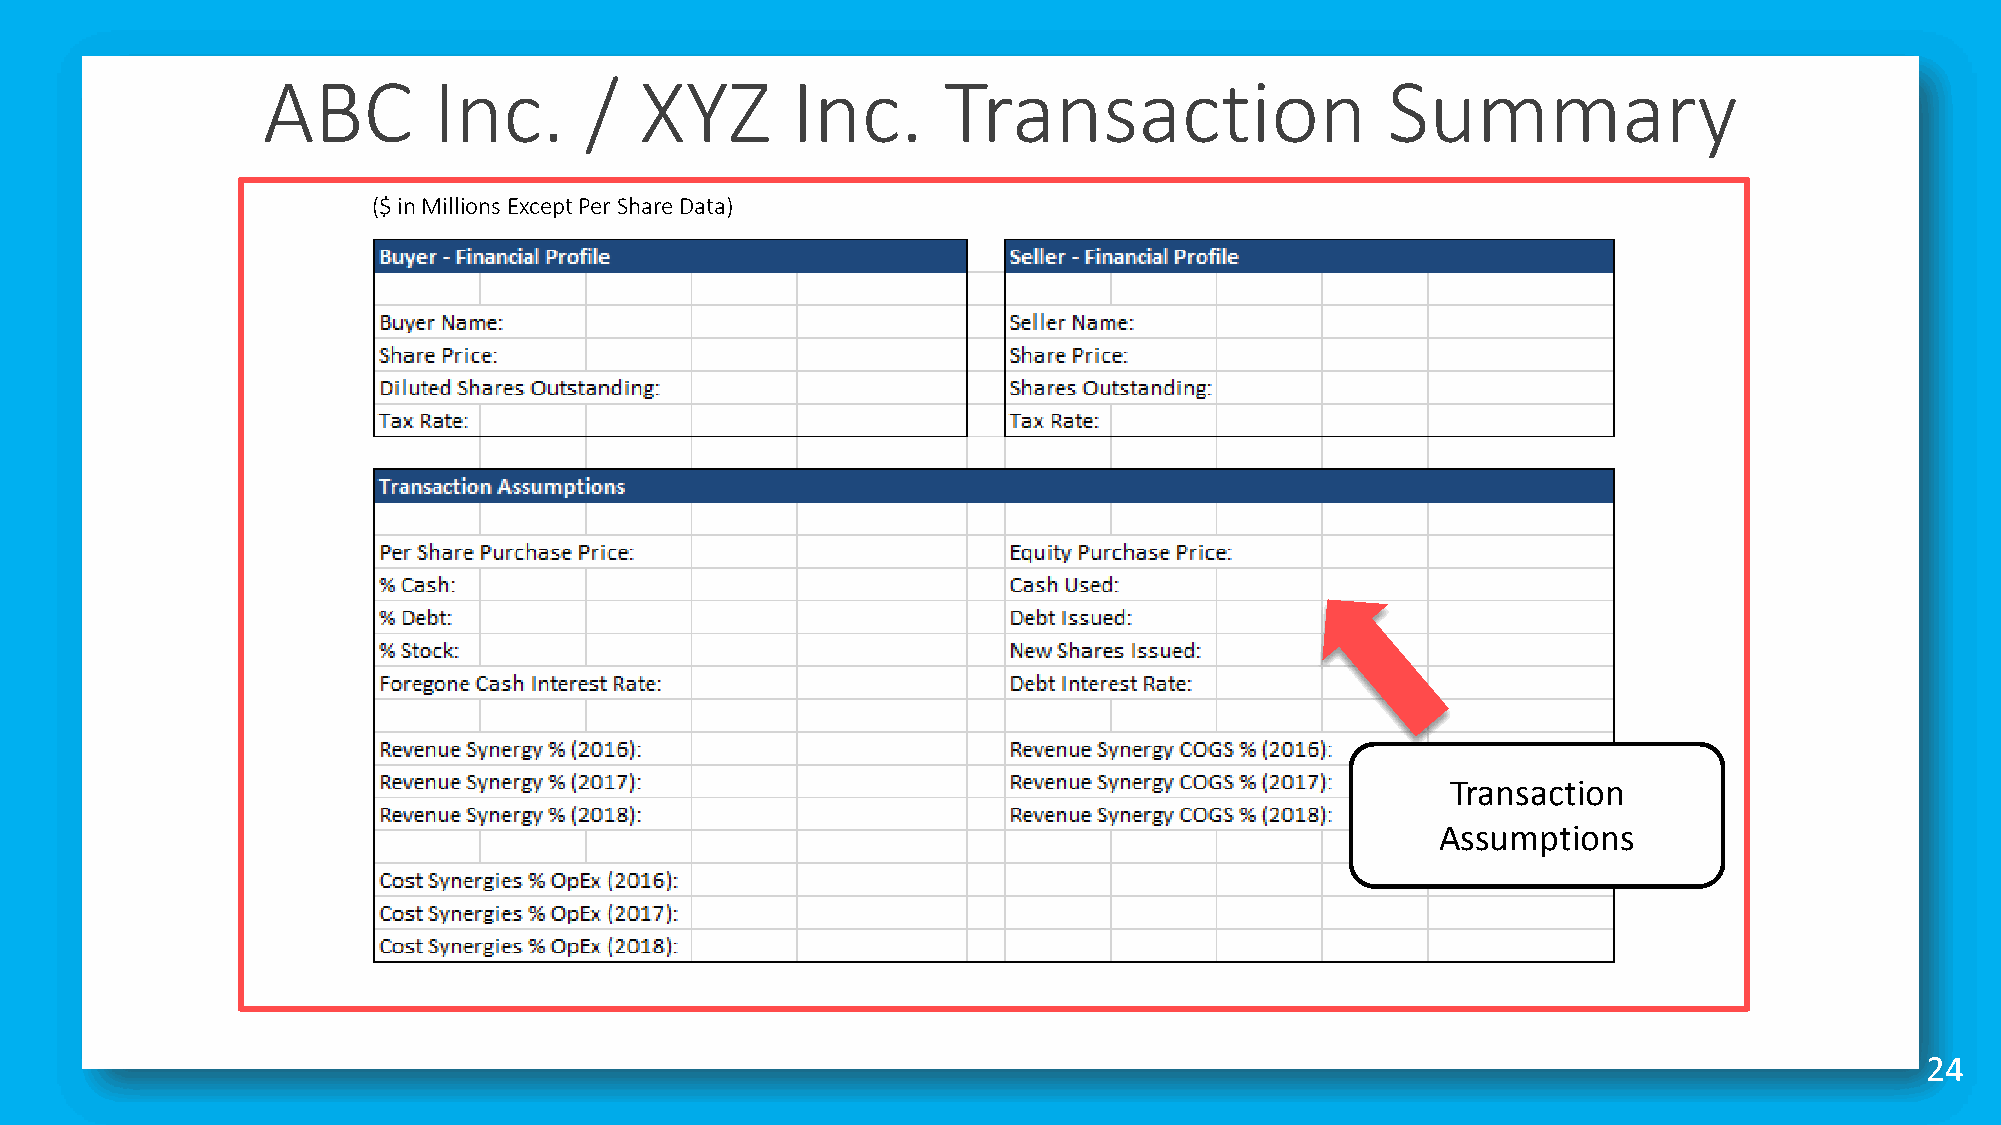
ABC         Inc.      /  XYZ       Inc.      Transaction                   Summary
 ($ in Millions Except Per Share Data)
 Transaction
 Assumptions
 24